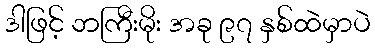
ဒါဖြင့် ဘကြီးမိုး အခု ၉၇ နှစ်ထဲမှာပဲ